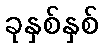
ခုနှစ်နှစ်